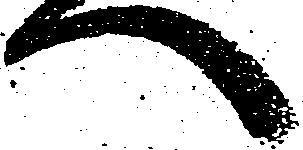
へ